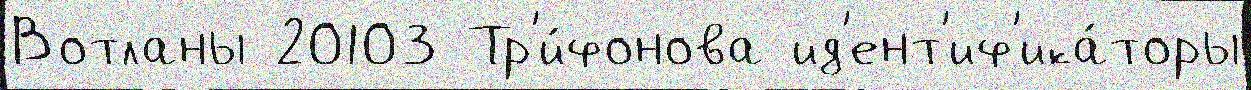
Вотланы 20103 Тр'и́фонова ид'ент'иф'ика́торы